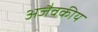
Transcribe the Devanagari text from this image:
अजैवकीय